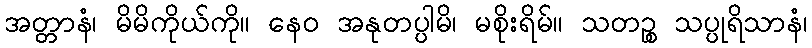
အတ္တာနံ၊ မိမိကိုယ်ကို။ နေဝ အနုတပ္ပါမိ၊ မစိုးရိမ်။ သတဉ္စ သပ္ပုရိသာနံ၊